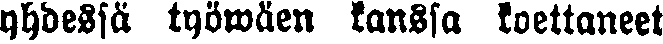
yhdessä työwäen kanssa koettaneet